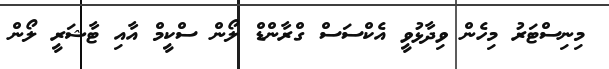
މިނިސްޓަރު މިހެން ވިދާޅުވީ އެކްސަސް ގްރާންޑް ލޯން ސްކީމް އާއި ޓާޝަރީ ލޯން